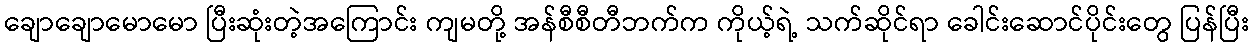
ချောချောမောမော ပြီးဆုံးတဲ့အကြောင်း ကျမတို့ အန်စီစီတီဘက်က ကိုယ့်ရဲ့ သက်ဆိုင်ရာ ခေါင်းဆောင်ပိုင်းတွေ ပြန်ပြီး